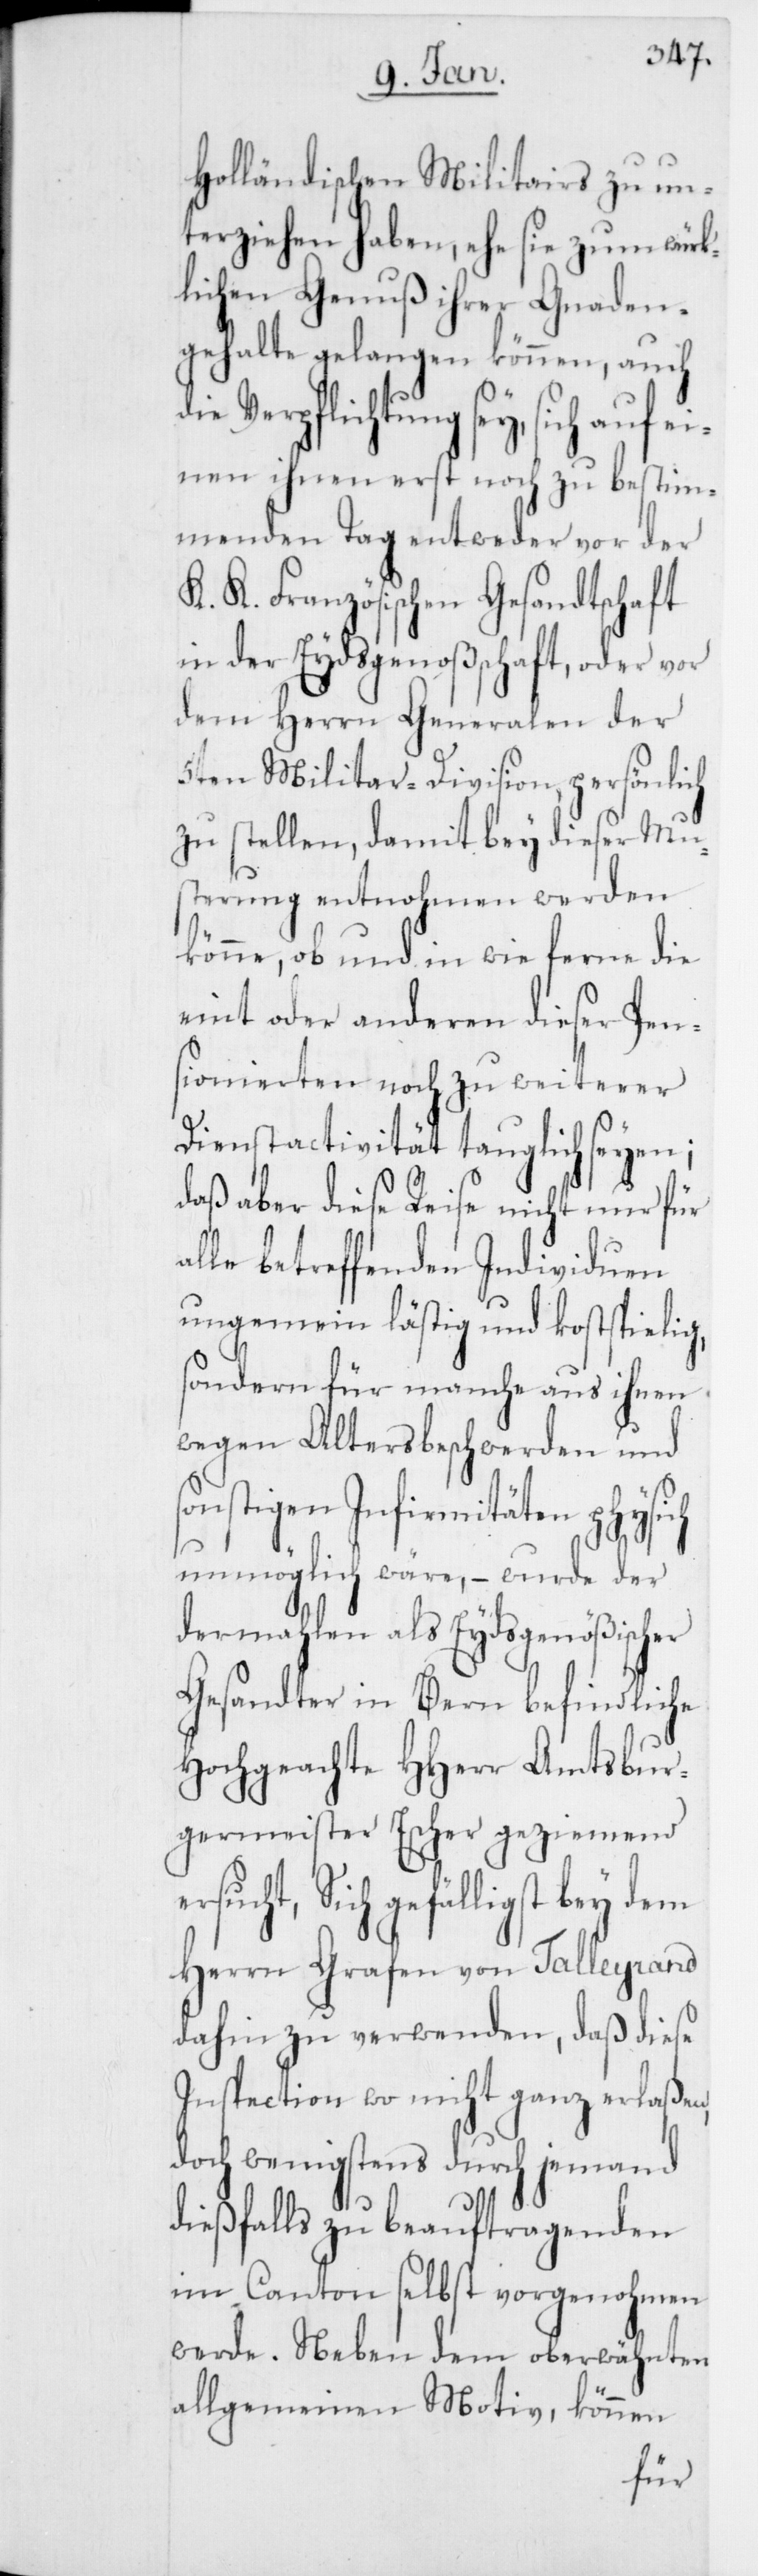
sch
Holländischen Militairs zu un¬
terziehen haben, ehe sie z¬
um würk¬
lichen Genuß ihrer Gnaden¬
gehalte gelangen können, auch
Verpflichtung sey, sich auf
einen ihnen erst noch zu bestim¬
menden Tag entweder vor der
K. K. Französischen Gesandtschaft
in der Eydsgenoßenschaft, oder vor
dem Herrn Generalen der
5ten Militar-Division, persönlich
zu stellen, damit bey dieser Mu¬
sterung entnohmen werden
könne, ob und in wie ferne die
eint oder anderen dieser Pen¬
sionierten noch zu weiterer
Dienstactivität tauglich seyen;
daß aber diese Reise nicht nur für
le betreffenden Individuen
ungemein lästig und kostspielig,
sondern für manche aus ihnen
wegen Altersbeschwerden und
sonstigen Infirmitäten physi¬
unmöglich wäre, – wurde der
dermahlen als Eydsgenößischer
Gesandter in Bern befindliche
Hochgeachte HHerr Amtsbur¬
germeister Escher geziemend
ersucht, sich gefälligst bey dem
Herrn Grafen von Talleyrand
dahin zu verwenden, daß diese
Inspection wo nicht ganz erlaßen,
doch wenigstens durch jemand
dießfalls zu beauftragenden
im Canton selbst vorgenohmen
werde. Neben dem oberwähnten
allgemeinen Motiv, können